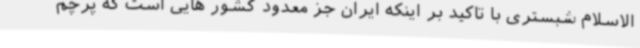
الاسلام شبستری با تاکید بر اینکه ایران جز معدود کشور هایی است که پرچم